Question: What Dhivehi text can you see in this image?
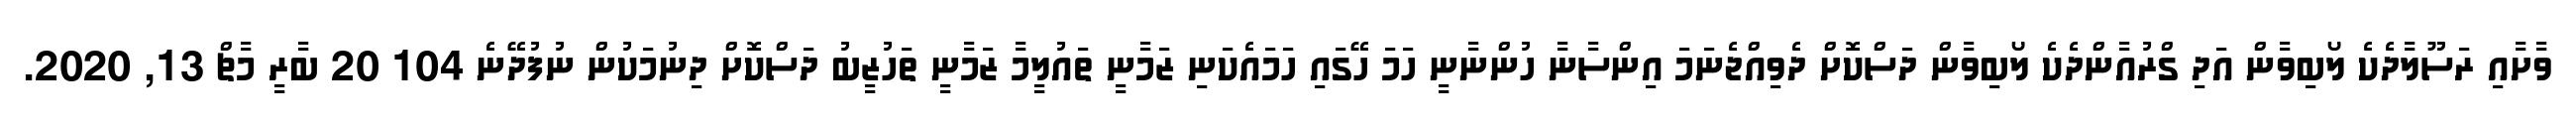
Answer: ވާށާއި ރަސޫލާދެކެ ލޯބިވާން އަދި ގްރުއާންދެކެ ލޯބިވާން ދަސްކޮށް ދެވިއްޖެނަމަ އިންސާނާ ހުންނާނީ ހަމަ ހޭގައި ހަމައެކަނި ޒަމާނީ ތައުލީމާ ޒަމާނީ ތަހުޒީބު ދަސްކޮށް ދިނުމަކުން ނުފުދޭނެ 104 20 ބާރީ މާޗް 13, 2020.